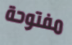
مفتوحة